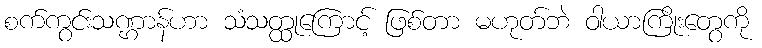
စက်ကွင်းသဏ္ဌာန်ဟာ သံသတ္ထုကြောင့် ဖြစ်တာ မဟုတ်ဘဲ ဝါယာကြိုးတွေကို